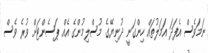
ނަމަވެސް އެފަދަ އަމަލުތައް ހިންގަނީ ދުނިޔޭގެ މުސްލިމުންގެ އެއް ޕަސެންޓަށް ވުރެ ވެސް